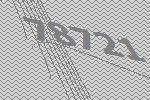
78721